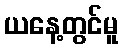
ယနေ့တွင်မူ